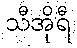
သီအိုရီ